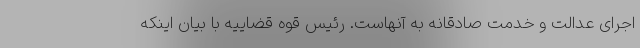
اجرای عدالت و خدمت صادقانه به آنهاست. رئیس قوه قضاییه با بیان اینکه